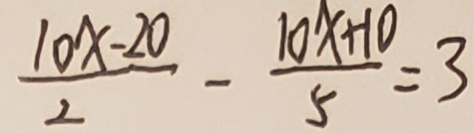
\frac { 1 0 x - 2 0 } { 2 } - \frac { 1 0 x + 1 0 } { 5 } = 3